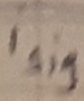
Text: isig